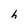
Character: h